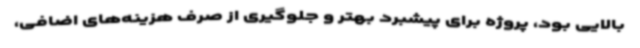
بالایی بود، پروژه برای پیشبرد بهتر و جلوگیری از صرف هزینه‌های اضافی،